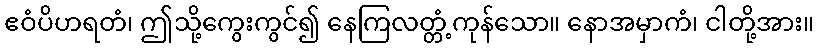
ဧဝံပိဟရတံ၊ ဤသို့ကွေးကွင်၍ နေကြလတ္တံ့ကုန်သော။ နောအမှာကံ၊ ငါတို့အား။